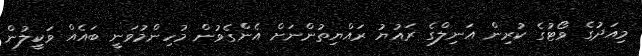
މިއަދުގެ ވޯޓުގެ ކުރިން އަނިލްގެ ރައުޔު ރައްޔިތުންނަށް އެންގެވުން މުހިންމުވަނީ ބައެއް ވަކީލުން